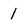
Character: 1